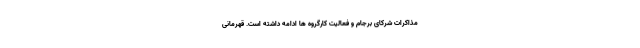
مذاکرات شرکای برجام و فعالیت کارگروه ها ادامه داشته است. قهرمانی